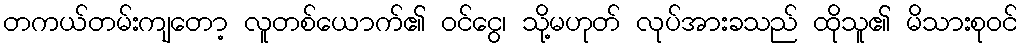
တကယ်တမ်းကျတော့ လူတစ်ယောက်၏ ဝင်ငွေ၊ သို့မဟုတ် လုပ်အားခသည် ထိုသူ၏ မိသားစုဝင်